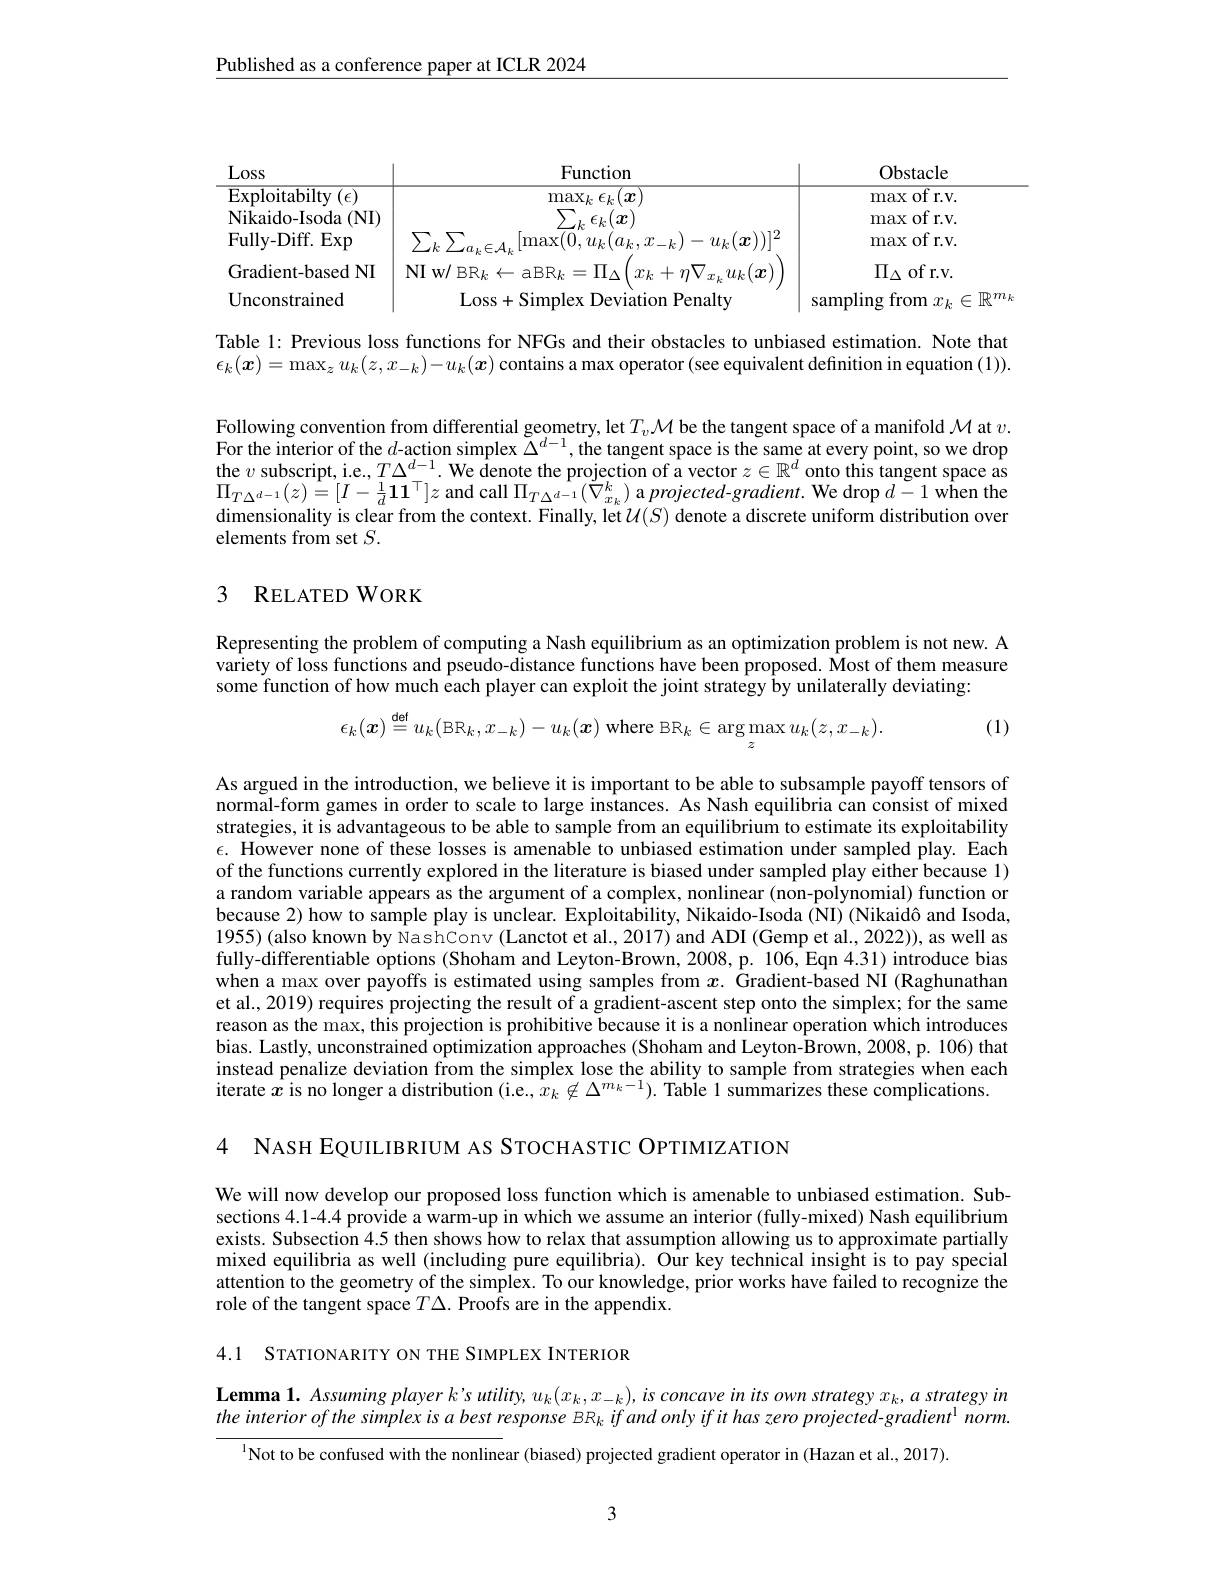
$\underline{\text{Published as a conference paper at ICLR 2024}}$

Loss

$\underline{Function}$
Obstacle
$\overline{\mathrm{Exploitabilty~}(\epsilon)}$
${{\mathrm{max~of~r.v.}}}$
${\overline{\max_{\sum}\epsilon_{k}(\boldsymbol{x})}}$
$\hat{\text{Nikaido-Isoda(NI)}}$
$\sum_{k}\epsilon_{k}(\dot{\boldsymbol{x}})$
max of r.v. max of r.v.
Fully-Diff. Exp
$\sum_{k}\sum_{a_{k}\in\mathcal{A}_{k}}[\operatorname*{max}(0,u_{k}(a_{k},x_{-k})-u_{k}(\boldsymbol{x}))]^{2}$
$\Pi_{\Delta}$ of r.v.
$\begin{array}{c|c}{\mathrm{Gradient-based~NI}}&{\mathrm{NI~w/~BR}_{k}\leftarrow\mathrm{aBR}_{k}=\Pi_{\Delta}\left(x_{k}+\eta\nabla_{x_{k}}u_{k}(\boldsymbol{x})\right)}\\{\mathrm{IT}}&{\mathrm{IT}}\end{array}$
Unconstrained
Loss+Simplex Deviation Penalty
$\mid$ sampling from $x_k\in\mathbb{R}^m_k$

Table 1: Previous loss functions for NFGs and their obstacles to unbiased estimation. Note that $\epsilon_k(\boldsymbol{x})=\max_zu_k(z,x_{-k})-u_k(\boldsymbol{x})$ contains a max operator (see equivalent definition in equation (1)).

Following convention from differential geometry, let $T_v\mathcal{M}$ be the tangent space of a manifold $\mathcal{M}$ at $v.$ For the interior of the $d$-action simplex $\Delta^d-1$, the tangent space is the same at every point, so we drop $\begin{array}{l}\text{the }v\text{ subscript, i.e.,}T\Delta^{d-1}.&\text{We denote the projection of a vector }z\in\mathbb{R}^d\\\text{onto this tangent space as}\\\end{array}$ $\Pi_{T\Delta^{d-1}}(z)=[I-\frac1d\mathbf{11}^\top]z$ and call $\Pi_T\Delta^{d-1}(\tilde{\nabla}_{x_k}^k)$ a $projected-gradient.$ We drop $d-1$ when the dimensionality is clear from the context. Finally, let $\mathcal{U}(S)$ denote a discrete uniform distribution over elements from set $S.$

## 3 RELATED WORK

Representing the problem of computing a Nash equilibrium as an optimization problem is not new. A variety of loss functions and pseudo-distance functions have been proposed. Most of them measure some $\dot{\text{function of how much each player can exploit the joint strategy by unilaterally deviating:}}$

(1)
$$\epsilon_k(\boldsymbol{x})\stackrel{\mathsf{def}}{=}u_k(\mathtt{BR}_k,x_{-k})-u_k(\boldsymbol{x})\mathrm{~where~}\mathtt{BR}_k\in\arg\max_zu_k(z,x_{-k}).$$
As argued in the introduction, we believe it is important to be able to subsample payoff tensors of normal-form games in order to scale to large instances. As Nash equilibria can consist of mixed strategies, it is advantageous to be able to sample from an equilibrium to estimate its exploitability $\epsilon.$ However none of these losses is amenable to unbiased estimation under sampled play. Each of the functions currently explored in the literature is biased under sampled play either because 1) a random variable appears as the argument of a complex, nonlinear (non-polynomial) function or because 2) how to sample play is unclear. Exploitability, Nikaido-Isoda (NI) (Nikaidô and Isoda, 1955) (also known by NashConv (Lanctot et al., 2017) and ADI (Gemp et al., 2022)), as well as fully-differentiable options (Shoham and Leyton-Brown, 2008, p. 106, Eqn 4.31) introduce bias $\dot{\text{when a max over payoffs is estimated using samples from }x}.\dot{\text{ Gradient-based NI (Raghunathan}}$ et al., 2019) requires projecting the result of a gradient-ascent step onto the simplex; for the same reason as the max, this projection is prohibitive because it is a nonlinear operation which introduces bias. Lastly, unconstrained optimization approaches (Shoham and Leyton-Brown, 2008, p. 106) that instead penalize deviation from the simplex lose the ability to sample from strategies when each iterate $\hat{x}$ is no longer a distribution (i.e., $\hat{x_k}\not\in\Delta^{m_k-1}).$ Table $\hat{1\text{ summarizes these complications.}}$

4 NASH EQUILIBRIUM AS STOCHASTIC OPTIMIZATION

We will now develop our proposed loss function which is amenable to unbiased estimation. Subsections 4.1-4.4 provide a warm-up in which we assume an interior (fully-mixed) Nash equilibrium exists. Subsection 4.5 then shows how to relax that assumption allowing us to approximate partially mixed equilibria as well (including pure equilibria). Our key technical insight is to pay special attention to the geometry of the simplex. To our knowledge, prior works have failed to recognize the role of the tangent space $T\Delta.$ Proofs are in the appendix.

4.1 STATIONARITY ON THE SIMPLEX INTERIOR

$\textbf{Lemma 1. Assuming player k' s utility, }u_{k}( x_{k}, x_{- k}) , is\textit{concave in its own strategy }x_{k}, a\textit{ strategy in}$ the interior of the simplex is a best response BR $_k$ if and only if it has zero projected-gradient$^1$ norm.
$^{1}$Not to be confused with the nonlinear (biased) projected gradient operator in (Hazan et al., 2017).

3